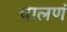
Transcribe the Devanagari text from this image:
चालणं